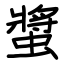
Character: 螿